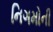
નિગમોની